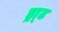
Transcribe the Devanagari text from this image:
ड्रा्ट